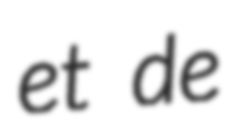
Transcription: et de